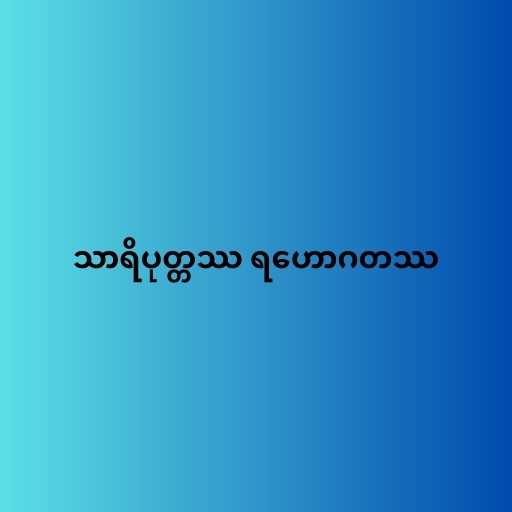
သာရိပုတ္တဿ ရဟောဂတဿ